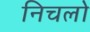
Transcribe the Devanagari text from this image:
निचलो